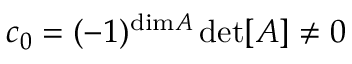
c _ { 0 } = ( - 1 ) ^ { \mathrm { d i m } A } \operatorname* { d e t } [ A ] \neq 0